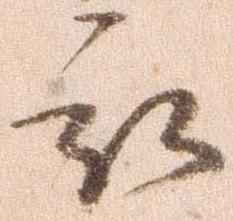
被